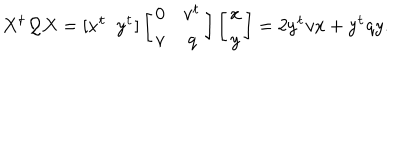
X ^ { \texttt } { t } { \cal Q } X = [ x ^ { \texttt } { t } \, \, \, y ^ { \texttt } { t } ] \left[ \begin{array} { c c } { { 0 } } & { { v ^ { \texttt } { t } } } \\ { { v } } & { { q } } \\ \end{array} \right] \left[ \begin{array} { c } { { x } } \\ { { y } } \\ \end{array} \right] = 2 y ^ { \texttt } { t } v x + y ^ { \texttt } { t } q y .